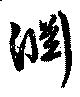
淵